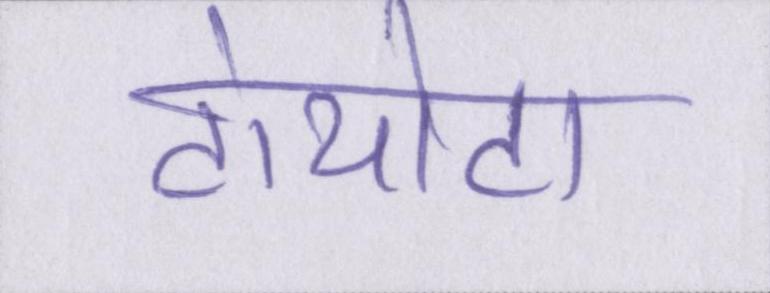
टोयोटा